Annual statistical returns and brief notes on vaccination in Bengal - 1909-1929
Year: 1909
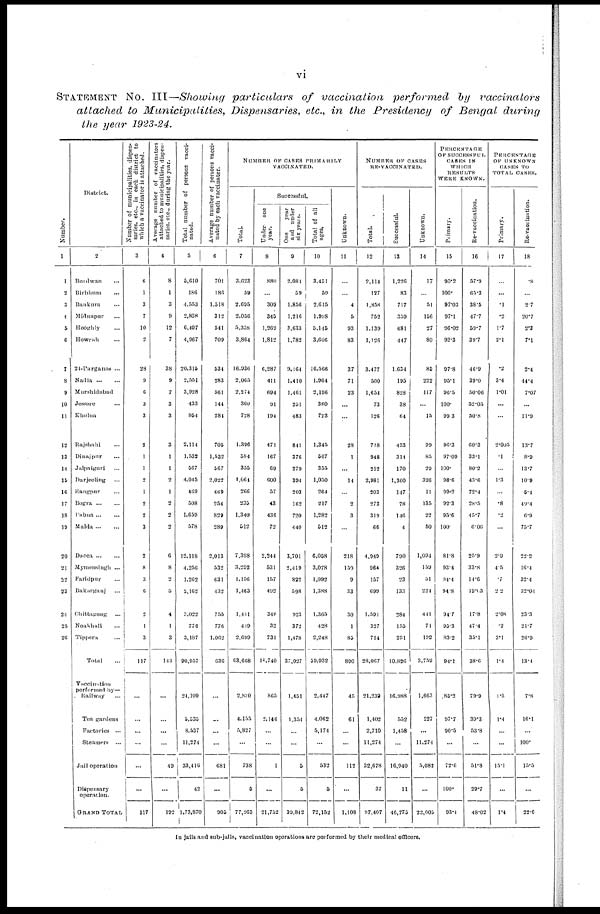
vi
STATEMENT No. III—Showing particulars
of vaccination performed by vaccinators
attached to Municipalities, Dispensaries, etc., in the Presidency of Bengal during
the year 1923-24.
Number.
1
1
2
3
4
5
6
7
8
9
10
11
12
13
14
15
16
17
18
19
20
21
22
23
21
25
26
District.
2
Burdwan...
Birbhum...
Bankura...
Midnapur...
Hooghly...
Howrah...
21-Parganas ...
Nadia...
Murshidabad...
Jessore...
Khulna...
Rajshahi...
Dinajpur...
Jalpaiguri...
Darjeeling...
Rangpur...
Bogra...
Pabna...
Malda...
Dacca...
...
Mymensingh ...
Faridpur...
Bakarganj...
Chittagong...
Noakhali...
Tippera...
Total...
Vaccination
performed by—
Railway...
Ten gardens
Factories ...
Steamers ...
Jail operation
Dispensary
operation.
GRAND TOTAL
Number of municipalities, dispen-
saries, etc., in each district to
which a vaccinator is attached.
3
6
1
3
7
10
2
28
9
6
3
3
2
1
1
2
1
2
2
3
2
8
3
6
2
1
3
117
...
...
...
...
...
...
117
Average number of vaccinators
attached to municipalities, dispen-
saries, etc., during the year.
4
8
1
3
9
12
7
38
9
7
3
3
3
1
1
2
1
2
2
2
6
8
2
5
4
1
3
143
...
...
...
...
40
...
192
Total number of persons vacci-
nated.
5
5,610
186
4,553
2,808
6,497
4,967
20,316
2,551
3,928
433
854
2,114
1,532
567
4,045
469
508
1,659
578
12,118
4,256
1,262
2,162
3,022
776
3,187
90,957
21,109
5,535
8,537
11,274
33,416
42
1,73,870
Average number of persons vacci-
nated by each vaccinater.
6
701
186
1,518
312
541
709
534
283
561
144
284
705
1,532
567
2,022
469
254
829
289
2,013
532
631
432
755
776
1,062
636
...
...
...
...
681
...
905
NUMBER OF CASES PRIMARILY
VACCINATED.
Total.
7
3,623
59
2,695
2,056
5,358
3,864
16,936
2,065
2,274
360
728
1,396
584
355
1,064
266
235
1,340
512
7,398
3,292
1,156
1,463
1,441
419
2,699
63,668
2,870
4,155
5,827
...
738
5
77,263
Successful.
Under one
year.
8
880
...
309
345
1,269
1,812
6,287
411
694
91
194
471
167
69
600
57
43
436
72
2,244
531
157
492
346
32
731
18,740
865
2,146
...
...
1
...
21,752
One
year
and under
six years.
9
2,081
59
1,856
1,216
3,633
1,782
9,164
1,410
1,461
251
483
841
376
279
394
203
162
720
440
3,701
2,419
822
598
923
372
1,478
37,027
1,451
1,354
...
...
5
5
39,842
Total of all
ages.
10
3,451
59
2,615
1,998
5,145
3,606
16,566
1,964
2,196
360
723
1,345
567
355
1,050
264
217
1,282
512
6,058
3,078
1,092
1,388
1,365
428
2,248
59,032
2,447
4,062
5,174
...
532
5
72,152
Unknown.
11
...
...
4
5
93
83
37
71
23
...
...
28
1
...
14
...
2
3
...
218
150
9
33
30
1
85
890
45
61
...
...
112
...
1,108
NUMBER OF CASES
RE-VACCINATED.
Total.
12
2,114
127
1,858
752
1,139
1,126
3,477
500
1,654
73
126
718
948
212
2,981
203
273
319
66
4,949
964
157
699
1,591
327
714
28,067
21,239
1,402
2,710
11,274
32,678
37
97,407
Successful.
13
1,226
83
717
359
681
447
1,634
195
828
38
64
433
314
170
1,300
147
78
146
4
790
326
23
133
284
155
251
10,826
16,988
552
1,458
...
16,940
11
46,775
Unknown.
14
17
...
51
156
27
80
85
222
117
...
15
99
85
29
326
11
135
22
50
1,094
159
51
224
441
71
192
3,759
1,663
227
...
11,274
5,082
...
22,005
PERCENTAGE
OF SUCCESSFUL
CASES IN
WHICH
RESULTS
WERE KNOWN.
Primary.
15
95.2
100.
97.03
97.1
96.02
93.3
97.8
95.1
96.5
100.
99.3
96.3
97.09
100.
98.6
99.2
92.3
95.6
100.
81.8
93.4
94.4
94.8
94.7
95.3
83.2
94.1
85.2
97.7
90.5
...
72.6
100.
93.4
Re-vaccination.
16
57.9
65.3
38.5
47.7
59.7
39.7
46.9
39.0
50.06
52.05
50.8
60.3
33.1
80.2
43.6
72.4
28.5
45.7
6.06
25.9
33.8
14.6
19.03
17.8
47.4
35.1
38.6
79.9
39.3
53.8
...
51.8
29.7
48.02
PERCENTAGE
OF UNKNOWN
CASES TO
TOTAL, CASES.
Primary.
17
...
...
.1
.2
1.7
2.1
.2
3.4
1.01
...
...
2.005
.1
...
1.3
...
.8
.2
...
2.9
4.5
.7
2.2
2.08
.2
3.1
1.4
1.5
1.4
...
...
15.1
...
1.4
Re-vaccination.
18
.8
...
2.7
20.7
2.3
7.1
2.4
44.4
7.07
...
11.9
13.7
8.9
13.7
10.9
5.4
49.4
6.9
75.7
22.2
16.4
32.4
32.04
23.3
21.7
26.9
13.4
7.8
16.1
...
100.
15.5
...
22.6
In Jails and sub-jails, vaccination operations are performed by their medical officers.